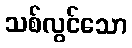
သစ်လွင်သော